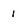
Character: l